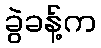
ခွဲခန့်က